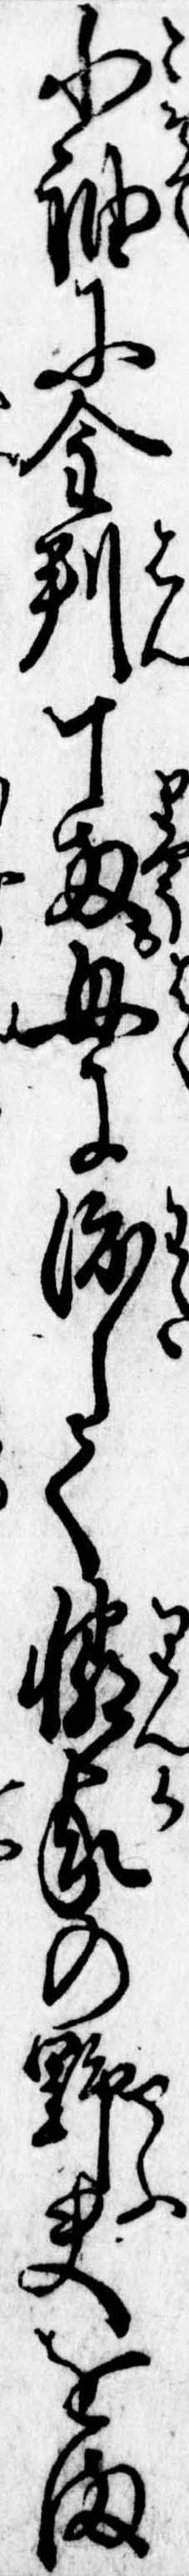
小袖に金判十両母に渡して隣家の野夫をま